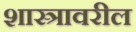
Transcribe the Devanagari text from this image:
शास्त्रावरील